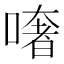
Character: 𠾏